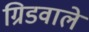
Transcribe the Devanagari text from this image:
ग्रिडवाले